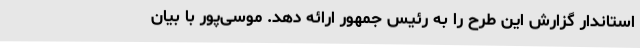
استاندار گزارش این طرح را به رئیس جمهور ارائه دهد. موسی‌پور با بیان